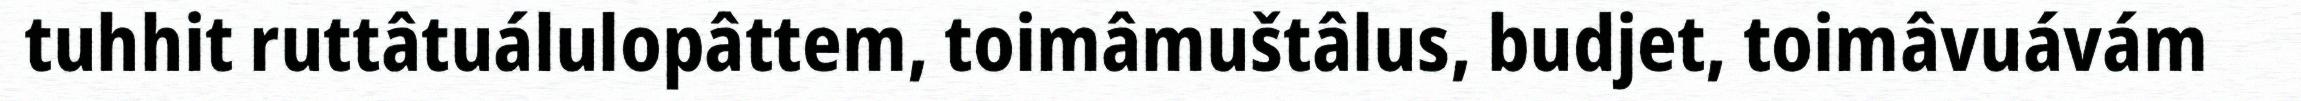
tuhhit ruttâtuálulopâttem, toimâmuštâlus, budjet, toimâvuávám